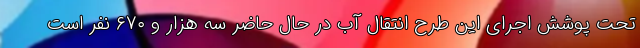
تحت پوشش اجرای این طرح انتقال آب در حال حاضر سه هزار و ۶۷۰ نفر است